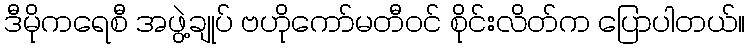
ဒီမိုကရေစီ အဖွဲ့ချုပ် ဗဟိုကော်မတီဝင် စိုင်းလိတ်က ပြောပါတယ်။